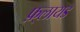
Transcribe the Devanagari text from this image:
फ़्लायड